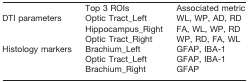
<table><thead><tr><td>[EMPTY_CELL]</td><td><b>Top 3 ROIs</b></td><td><b>Associated metric</b></td></tr></thead><tbody><tr><td rowspan="3">DTI parameters</td><td>Optic Tract_Left</td><td>WL, WP, AD, RD</td></tr><tr><td>Hippocampus_Right</td><td>FA, WL, WP, RD</td></tr><tr><td>Optic Tract_Right</td><td>WP, RD, FA, WL</td></tr><tr><td rowspan="3">Histology markers</td><td>Brachium_Left</td><td>GFAP, IBA-1</td></tr><tr><td>Optic Tract_Left</td><td>GFAP, IBA-1</td></tr><tr><td>Brachium_Right</td><td>GFAP</td></tr></tbody></table>